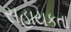
સહાયકતા